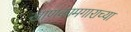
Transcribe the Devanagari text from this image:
खाणकामगाराच्या